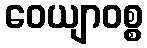
ဝေယျာဝစ္စ